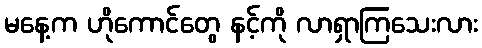
မနေ့က ဟိုကောင်တွေ နင့်ကို လာရှာကြသေးလား